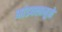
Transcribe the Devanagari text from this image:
भांडवलामुळे